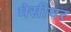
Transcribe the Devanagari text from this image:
मेसीयर